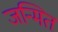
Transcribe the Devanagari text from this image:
जन्मित